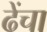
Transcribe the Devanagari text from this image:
ढेंचा